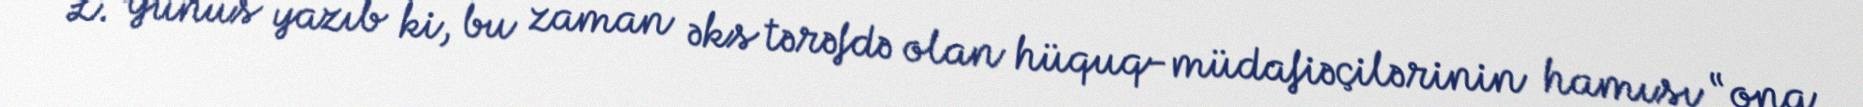
L. Yunus yazıb ki, bu zaman əks tərəfdə olan hüquq-müdafiəçilərinin hamısı “ona